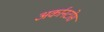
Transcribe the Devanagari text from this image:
अर्कानटोस